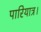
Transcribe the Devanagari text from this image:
पारियात्र।